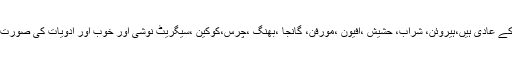
دنیا بھر میں کروڑوں افراد منشیات کے عادی ہیں،ہیروئن، شراب، حشیش ،افیون ،مورفن، گانجا ،بھنگ ،چرس،کوکین ،سیگریٹ نوشی اور خوب آور ادویات کی صورت میں یہ زہر اپنے اندر اتار رہے ہیں۔